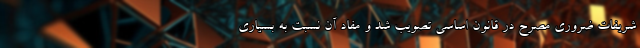
شریفات ضروری مصرح در قانون اساسی تصویب شد و مفاد آن نسبت به بسیاری